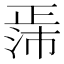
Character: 𬆃